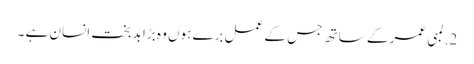
2. لمبی عمر کے ساتھ جس کے عمل برے ہوں وہ بڑا بدبخت انسان ہے ۔